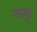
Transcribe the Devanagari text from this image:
उकडू